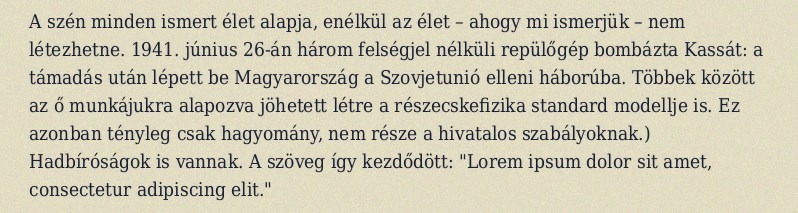
A szén minden ismert élet alapja, enélkül az élet – ahogy mi ismerjük – nem létezhetne. 1941. június 26-án három felségjel nélküli repülőgép bombázta Kassát: a támadás után lépett be Magyarország a Szovjetunió elleni háborúba. Többek között az ő munkájukra alapozva jöhetett létre a részecskefizika standard modellje is. Ez azonban tényleg csak hagyomány, nem része a hivatalos szabályoknak.) Hadbíróságok is vannak. A szöveg így kezdődött: "Lorem ipsum dolor sit amet, consectetur adipiscing elit."